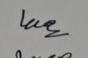
Signature authenticity: genuine